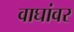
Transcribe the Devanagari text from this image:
वाघांवर